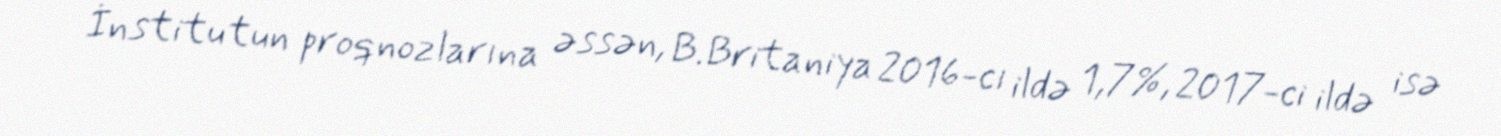
İnstitutun proqnozlarına əssən, B.Britaniya 2016-cı ildə 1,7%, 2017-ci ildə isə